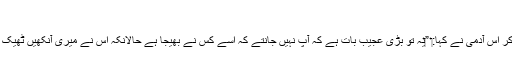
‏
یہ سُن کر اُس آدمی نے کہا:‏ ”‏یہ تو بڑی عجیب بات ہے کہ آپ نہیں جانتے کہ اُسے کس نے بھیجا ہے حالانکہ اُس نے میری آنکھیں ٹھیک کی ہیں۔